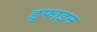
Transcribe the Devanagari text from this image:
डूफाइन